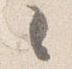
々